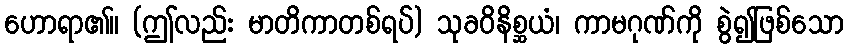
ဟောရာ၏။ (ဤလည်း မာတိကာတစ်ရပ်) သုခဝိနိစ္ဆယံ၊ ကာမဂုဏ်ကို စွဲ၍ဖြစ်သော